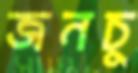
জনচু